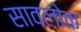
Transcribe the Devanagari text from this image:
सावलोक